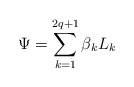
\begin{align*} \Psi = \sum_{k=1}^{2q+1} \beta_k L_k\end{align*}